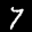
Label: 7